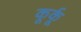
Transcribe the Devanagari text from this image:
कूर्कू